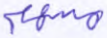
مسهم